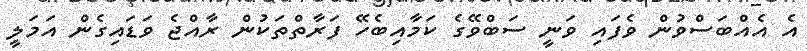
އެ އެއްބަސްވުން ވެފައި ވަނީ ސަބްވޭގެ ކަމާއިބެހޭ ފަރާތްތަކުން ރާއްޖެ ވަޑައިގެން އަމަލީ